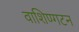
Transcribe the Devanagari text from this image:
वाशिण्गटन